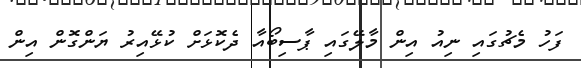
ފަހު މެޗުގައި ނިއު އިން މާލޭގައި ޕާސިބޯއާ ދެކޮޅަށް ކުޅޭއިރު ޔަންގޮން އިން